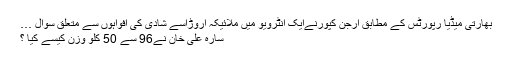
بھارتی میڈیا رپورٹس کے مطابق ارجن کپورنےایک انٹرویو میں ملائیکہ اروڑاسے شادی کی افواہوں سے متعلق سوال …
سارہ علی خان نے96 سے 50 کلو وزن کیسے کیا ؟